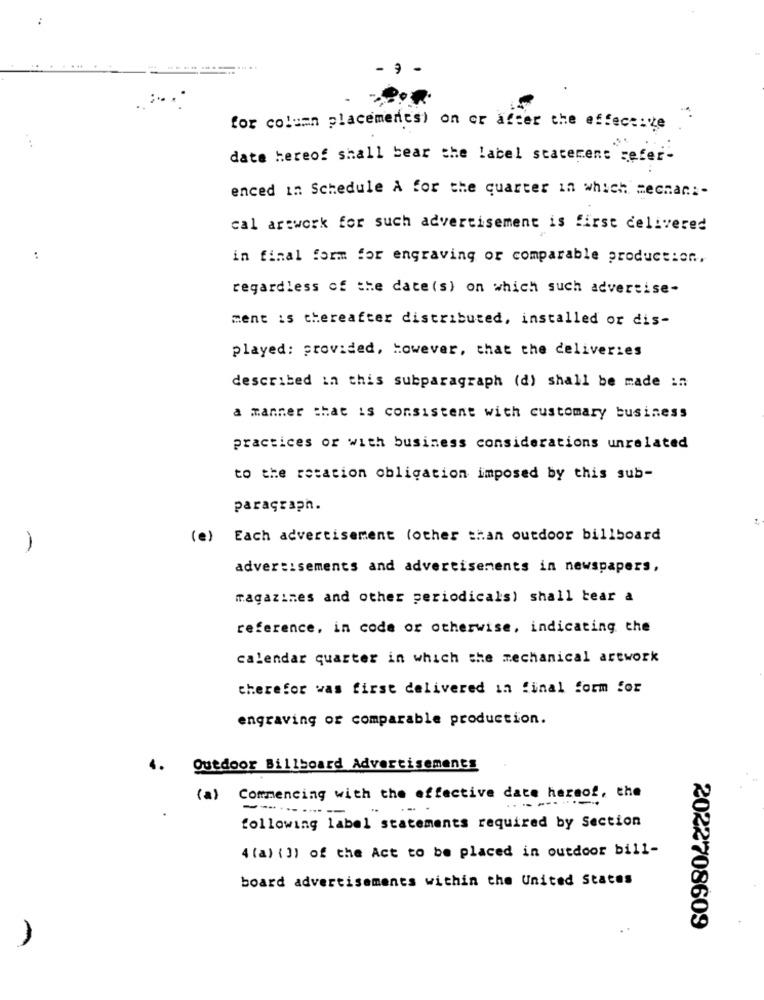
for column placements) on or after the effective
date hereof shall bear the label statement sefer-
enced in Schedule A for the quarter in which mechan :-
cal artwork for such advertisement is first delivered
in final form for engraving or comparable production,
regardless of the date(s) on which such advertise-
ment is thereafter distributed, installed or dis-
played: provided, However, that the deliveries
described in this subparagraph (d) shall be made in
a manner that is consistent with customary business
practices or with business considerations unrelated
to the rotation obligation imposed by this sub-
paragraph.
(e) Each advertisement (other than outdoor billboard
advertisements and advertisements in newspapers,
magazines and other periodicals) shall tear a
reference, in code or otherwise, indicating the
calendar quarter in which the mechanical artwork
therefor was first delivered in final form for
engraving or comparable production.
4.
Quedoor Billboard Advertisements
(a)
Commencing with the effective date hereof, the
------------
.. .. .
following label statements required by Section
4 (a) ( 3) of the Act to be placed in outdoor bill-
board advertisements within the United States
2022708609